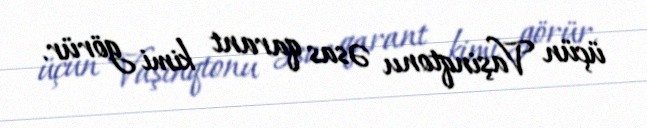
üçün Vaşinqtonu əsas qarant kimi görür.